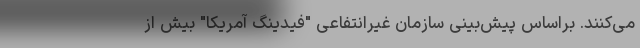
می‌کنند. براساس پیش‌بینی سازمان غیرانتفاعی "فیدینگ آمریکا" بیش از